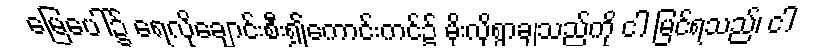
မြေပေါ်၌ ရေလိုချောင်းစီး၍ကောင်းကင်၌ မိုးလိုရွာချသည်ကို ငါ မြင်ရသည်၊ ငါ